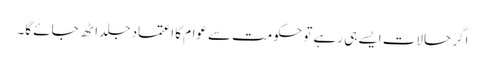
اگر حالات ایسے ہی رہے تو حکومت سے عوام کا اعتماد جلد اٹھ جائے گا۔